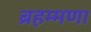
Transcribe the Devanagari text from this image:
ब्रहम्मणा